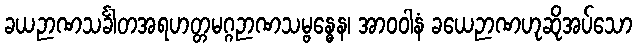
ခယဉာဏသင်္ခါတအရဟတ္တမဂ္ဂဉာဏသမ္ဗန္ဓေန၊ အာဝဝါနံ ခယေဉာဏဟုဆိုအပ်သော